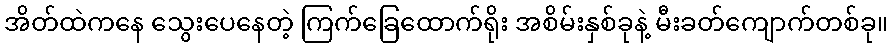
အိတ်ထဲကနေ သွေးပေနေတဲ့ ကြက်ခြေထောက်ရိုး အစိမ်းနှစ်ခုနဲ့ မီးခတ်ကျောက်တစ်ခု။